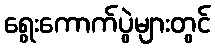
ရွေးကောက်ပွဲများတွင်